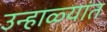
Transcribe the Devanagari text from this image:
उन्हाळ्यांत